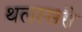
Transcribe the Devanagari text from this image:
थलस्सरी